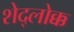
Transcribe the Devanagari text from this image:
शेद्लोक्क